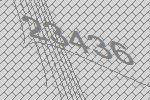
23436